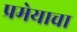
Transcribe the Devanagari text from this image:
प्रमेयाचा